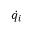
\dot { q _ { i } }